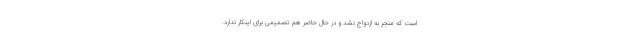
است که منجر به ازدواج نشد و در حال حاضر هم تصمیمی برای اینکار ندارد.